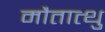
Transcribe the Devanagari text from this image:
मौतात्थु